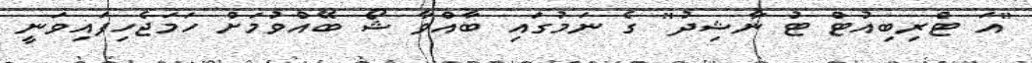
"އަ ޓްރިބިއުޓް ޓު ނާޝިދު" ގެ ނަމުގައި ބާއްވާ ޝޯ ބޭއްވުމަށް ހަމަޖެހިފައިވަނީ